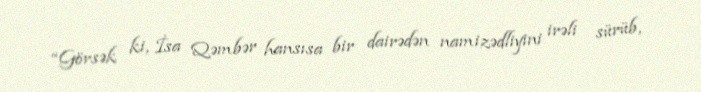
“Görsək ki, İsa Qəmbər hansısa bir dairədən namizədliyini irəli sürüb,